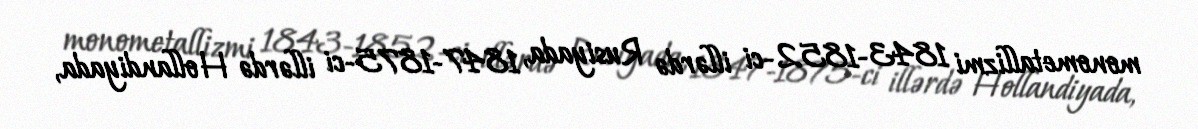
monometallizmi 1843-1852-ci illərdə Rusiyada, 1847-1875-ci illərdə Hollandiyada,